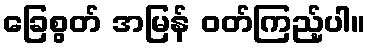
ခြေစွတ် အမြန် ဝတ်ကြည့်ပါ။